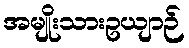
အမျိုးသားဥယျာဉ်